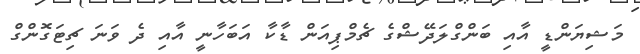
މަޝިޔަންޑީ އާއި ބަންގްލަދޭޝްގެ ޗެމްޕިއަން ޑާކާ އަބަހާނީ އާއި ދެ ވަނަ ޗިޓަގޮންގް